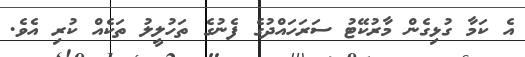
އެ ކަމާ ގުޅިގެން މާރުކޭޓު ސަރަހައްދުގެ ފެނުގެ ތަހުލީލު ތަކެއް ކުރި އެވެ.